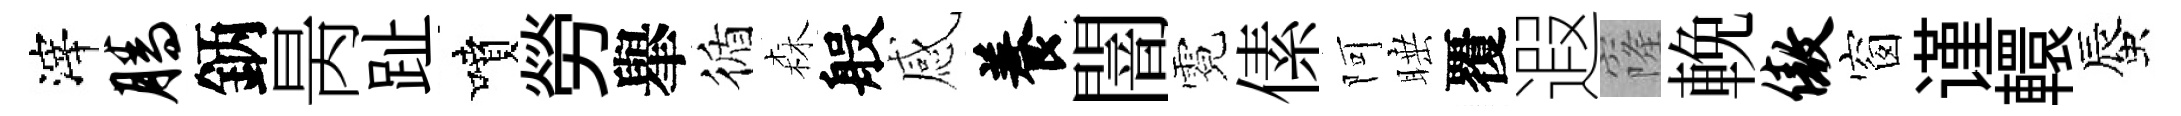
滓腾鈵昺趾噴勞𦦙循森般感養闇霓傃阿睡覆遐窿輓傲窗谨轘蜃